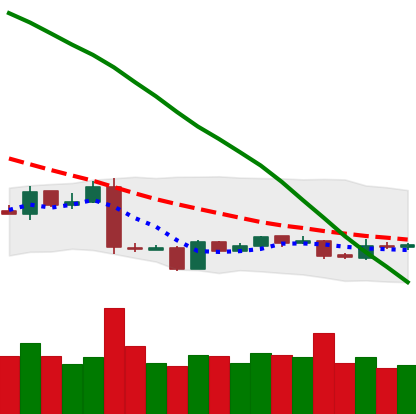
Ticker: EOS-USD
Chart end date: 2019-01-24
Forward return: -7.217%
Label: down_7plus